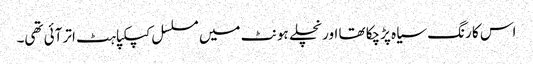
اس کا رنگ سیاہ پڑچکا تھا اور نچلے ہونٹ میں مسلسل کپکپاہٹ اتر آئی تھی۔